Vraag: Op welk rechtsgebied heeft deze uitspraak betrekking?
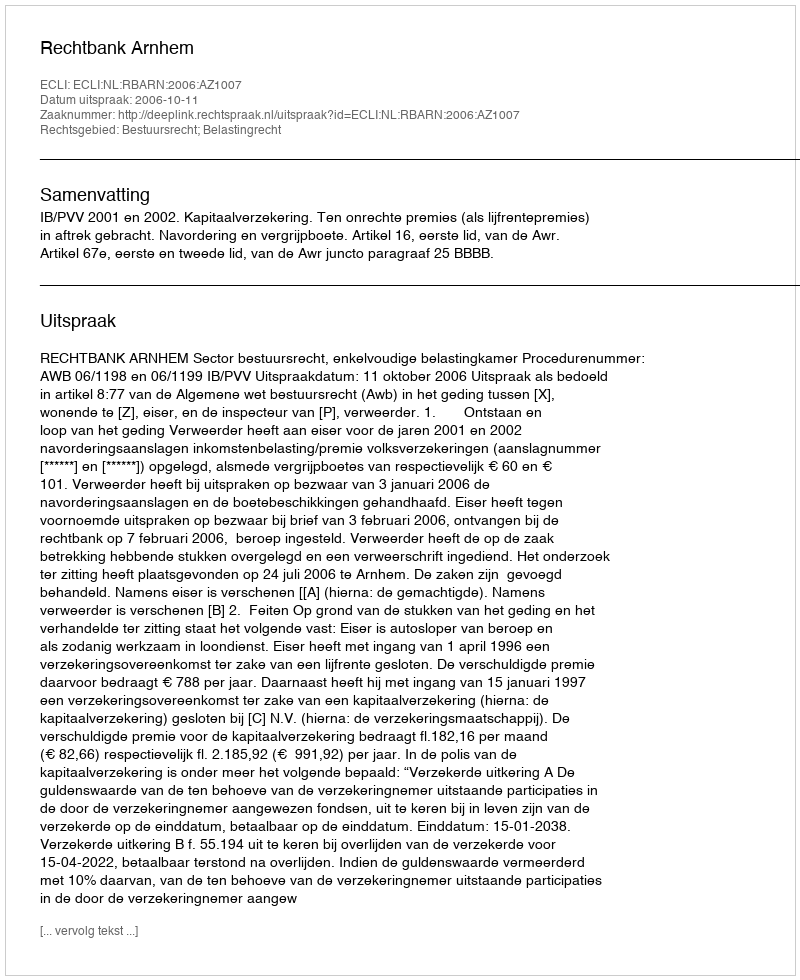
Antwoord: Bestuursrecht; Belastingrecht